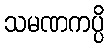
သမဏကပ္ပိ